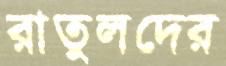
রাতুলদের